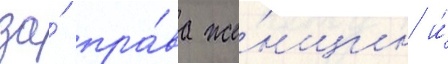
за́ пра́ва же́нщин и́